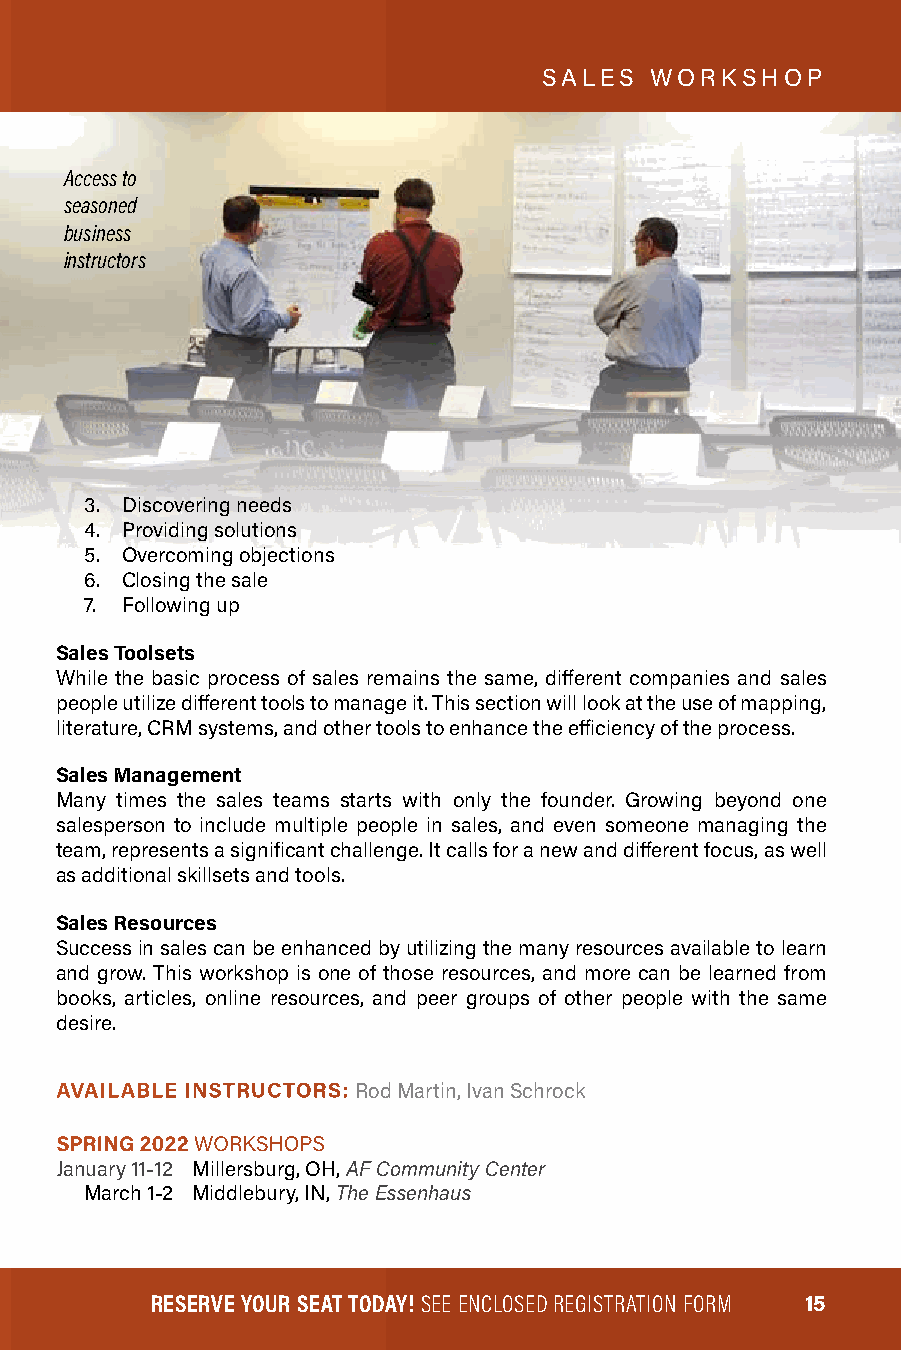
SALES  WORKSHOP
 Access to
 seasoned
 business
 instructors
 3. Discovering needs
 4. Providing solutions
 5. Overcoming objections
 6. Closing the sale
 7. Following up
 Sales Toolsets
 While the basic process of sales remains the same, different companies and sales
 people utilize different tools to manage it. This section will look at the use of mapping,
 literature, CRM systems, and other tools to enhance the efficiency of the process.
 Sales Management
 Many times the sales teams starts with only the founder. Growing beyond one
 salesperson to include multiple people in sales, and even someone managing the
 team, represents a significant challenge. It calls for a new and different focus, as well
 as additional skillsets and tools.
 Sales Resources
 Success in sales can be enhanced by utilizing the many resources available to learn
 and grow. This workshop is one of those resources, and more can be learned from
 books, articles, online resources, and peer groups of other people with the same
 desire.
 AVAILABLE INSTRUCTORS: Rod Martin, Ivan Schrock
 SPRING 2022 WORKSHOPS
 January 11-12 Millersburg, OH, AF Community Center
 March 1-2 Middlebury, IN, The Essenhaus
 RESERVE YOUR SEAT TODAY! SEE ENCLOSED REGISTRATION FORM 15